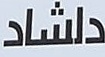
دلشاد